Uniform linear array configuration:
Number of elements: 64
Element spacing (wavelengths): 0.25
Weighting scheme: blackman
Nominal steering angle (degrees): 60
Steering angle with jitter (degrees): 59.628
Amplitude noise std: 0.05
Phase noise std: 0.05

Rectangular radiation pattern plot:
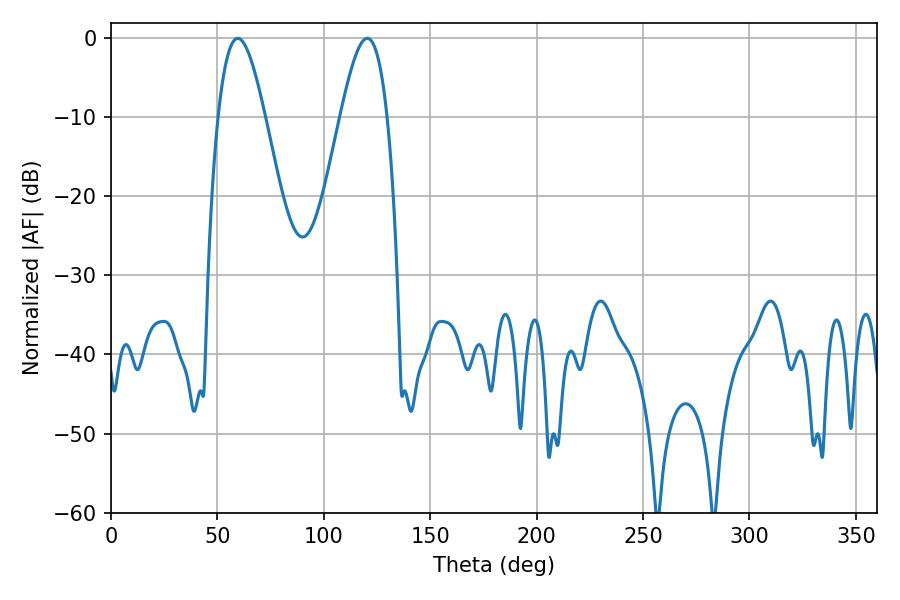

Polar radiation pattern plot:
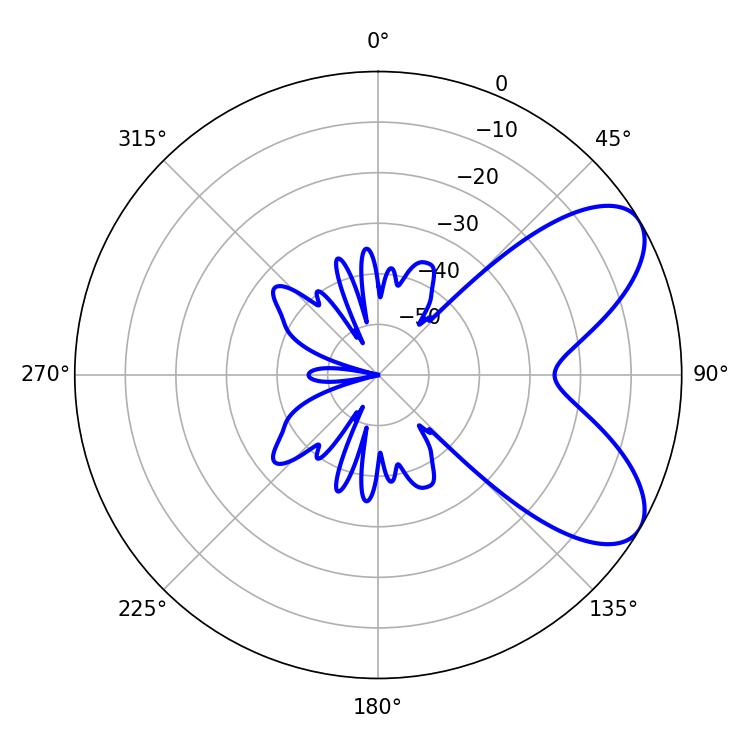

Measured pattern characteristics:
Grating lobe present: FALSE
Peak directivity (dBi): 7.056
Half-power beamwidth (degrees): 11.88
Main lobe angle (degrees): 59.58